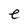
Character: e